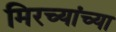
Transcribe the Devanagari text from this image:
मिरच्यांच्या